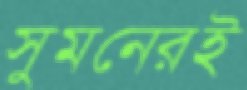
সুমনেরই